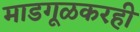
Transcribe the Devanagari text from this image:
माडगूळकरही